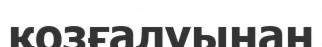
қозғалуынан